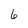
Character: 6